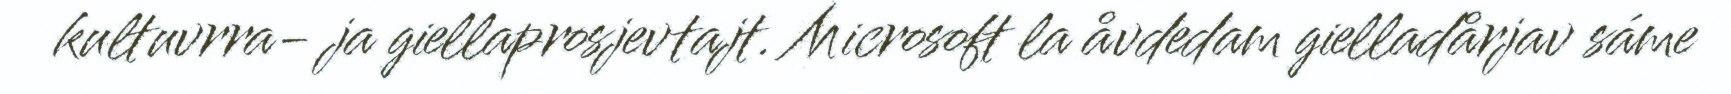
kultuvrra- ja giellaprosjevtajt. Microsoft la åvdedam gielladårjav sáme